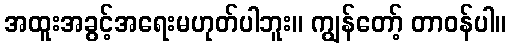
အထူးအခွင့်အရေးမဟုတ်ပါဘူး။ ကျွန်တော့် တာဝန်ပါ။